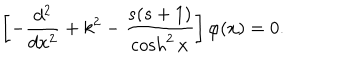
\left[ - \frac { d ^ { 2 } } { d x ^ { 2 } } + k ^ { 2 } - \frac { s ( s + 1 ) } { \cosh ^ { 2 } x } \right] \varphi ( x ) = 0 .